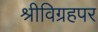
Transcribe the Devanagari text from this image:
श्रीविग्रहपर